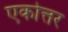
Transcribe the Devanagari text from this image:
एकोत्तर